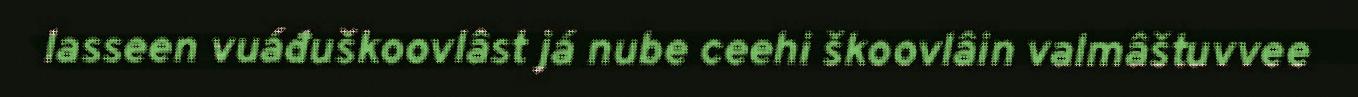
lasseen vuáđuškoovlâst já nube ceehi škoovlâin valmâštuvvee